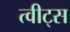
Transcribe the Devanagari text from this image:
त्वीट्स